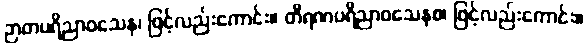
ဉာတပရိညာဝသေန၊ ဖြင့်လည်းကောင်း။ တီရဏပရိညာဝသေနစ၊ ဖြင့်လည်းကောင်း။